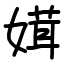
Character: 媶